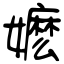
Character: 嬷